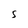
Character: S